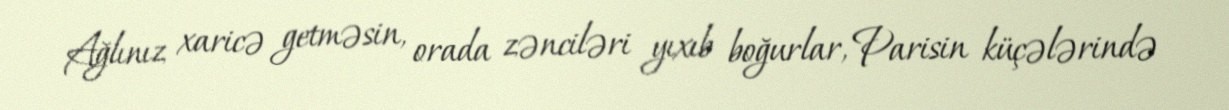
Ağlınız xaricə getməsin, orada zənciləri yıxıb boğurlar, Parisin küçələrində